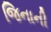
જિનાની